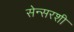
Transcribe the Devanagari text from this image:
सेन्सरशी